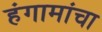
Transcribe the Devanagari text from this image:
हंगामांचा